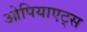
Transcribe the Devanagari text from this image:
ओपियाएट्स